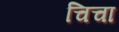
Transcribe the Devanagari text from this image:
चिचा